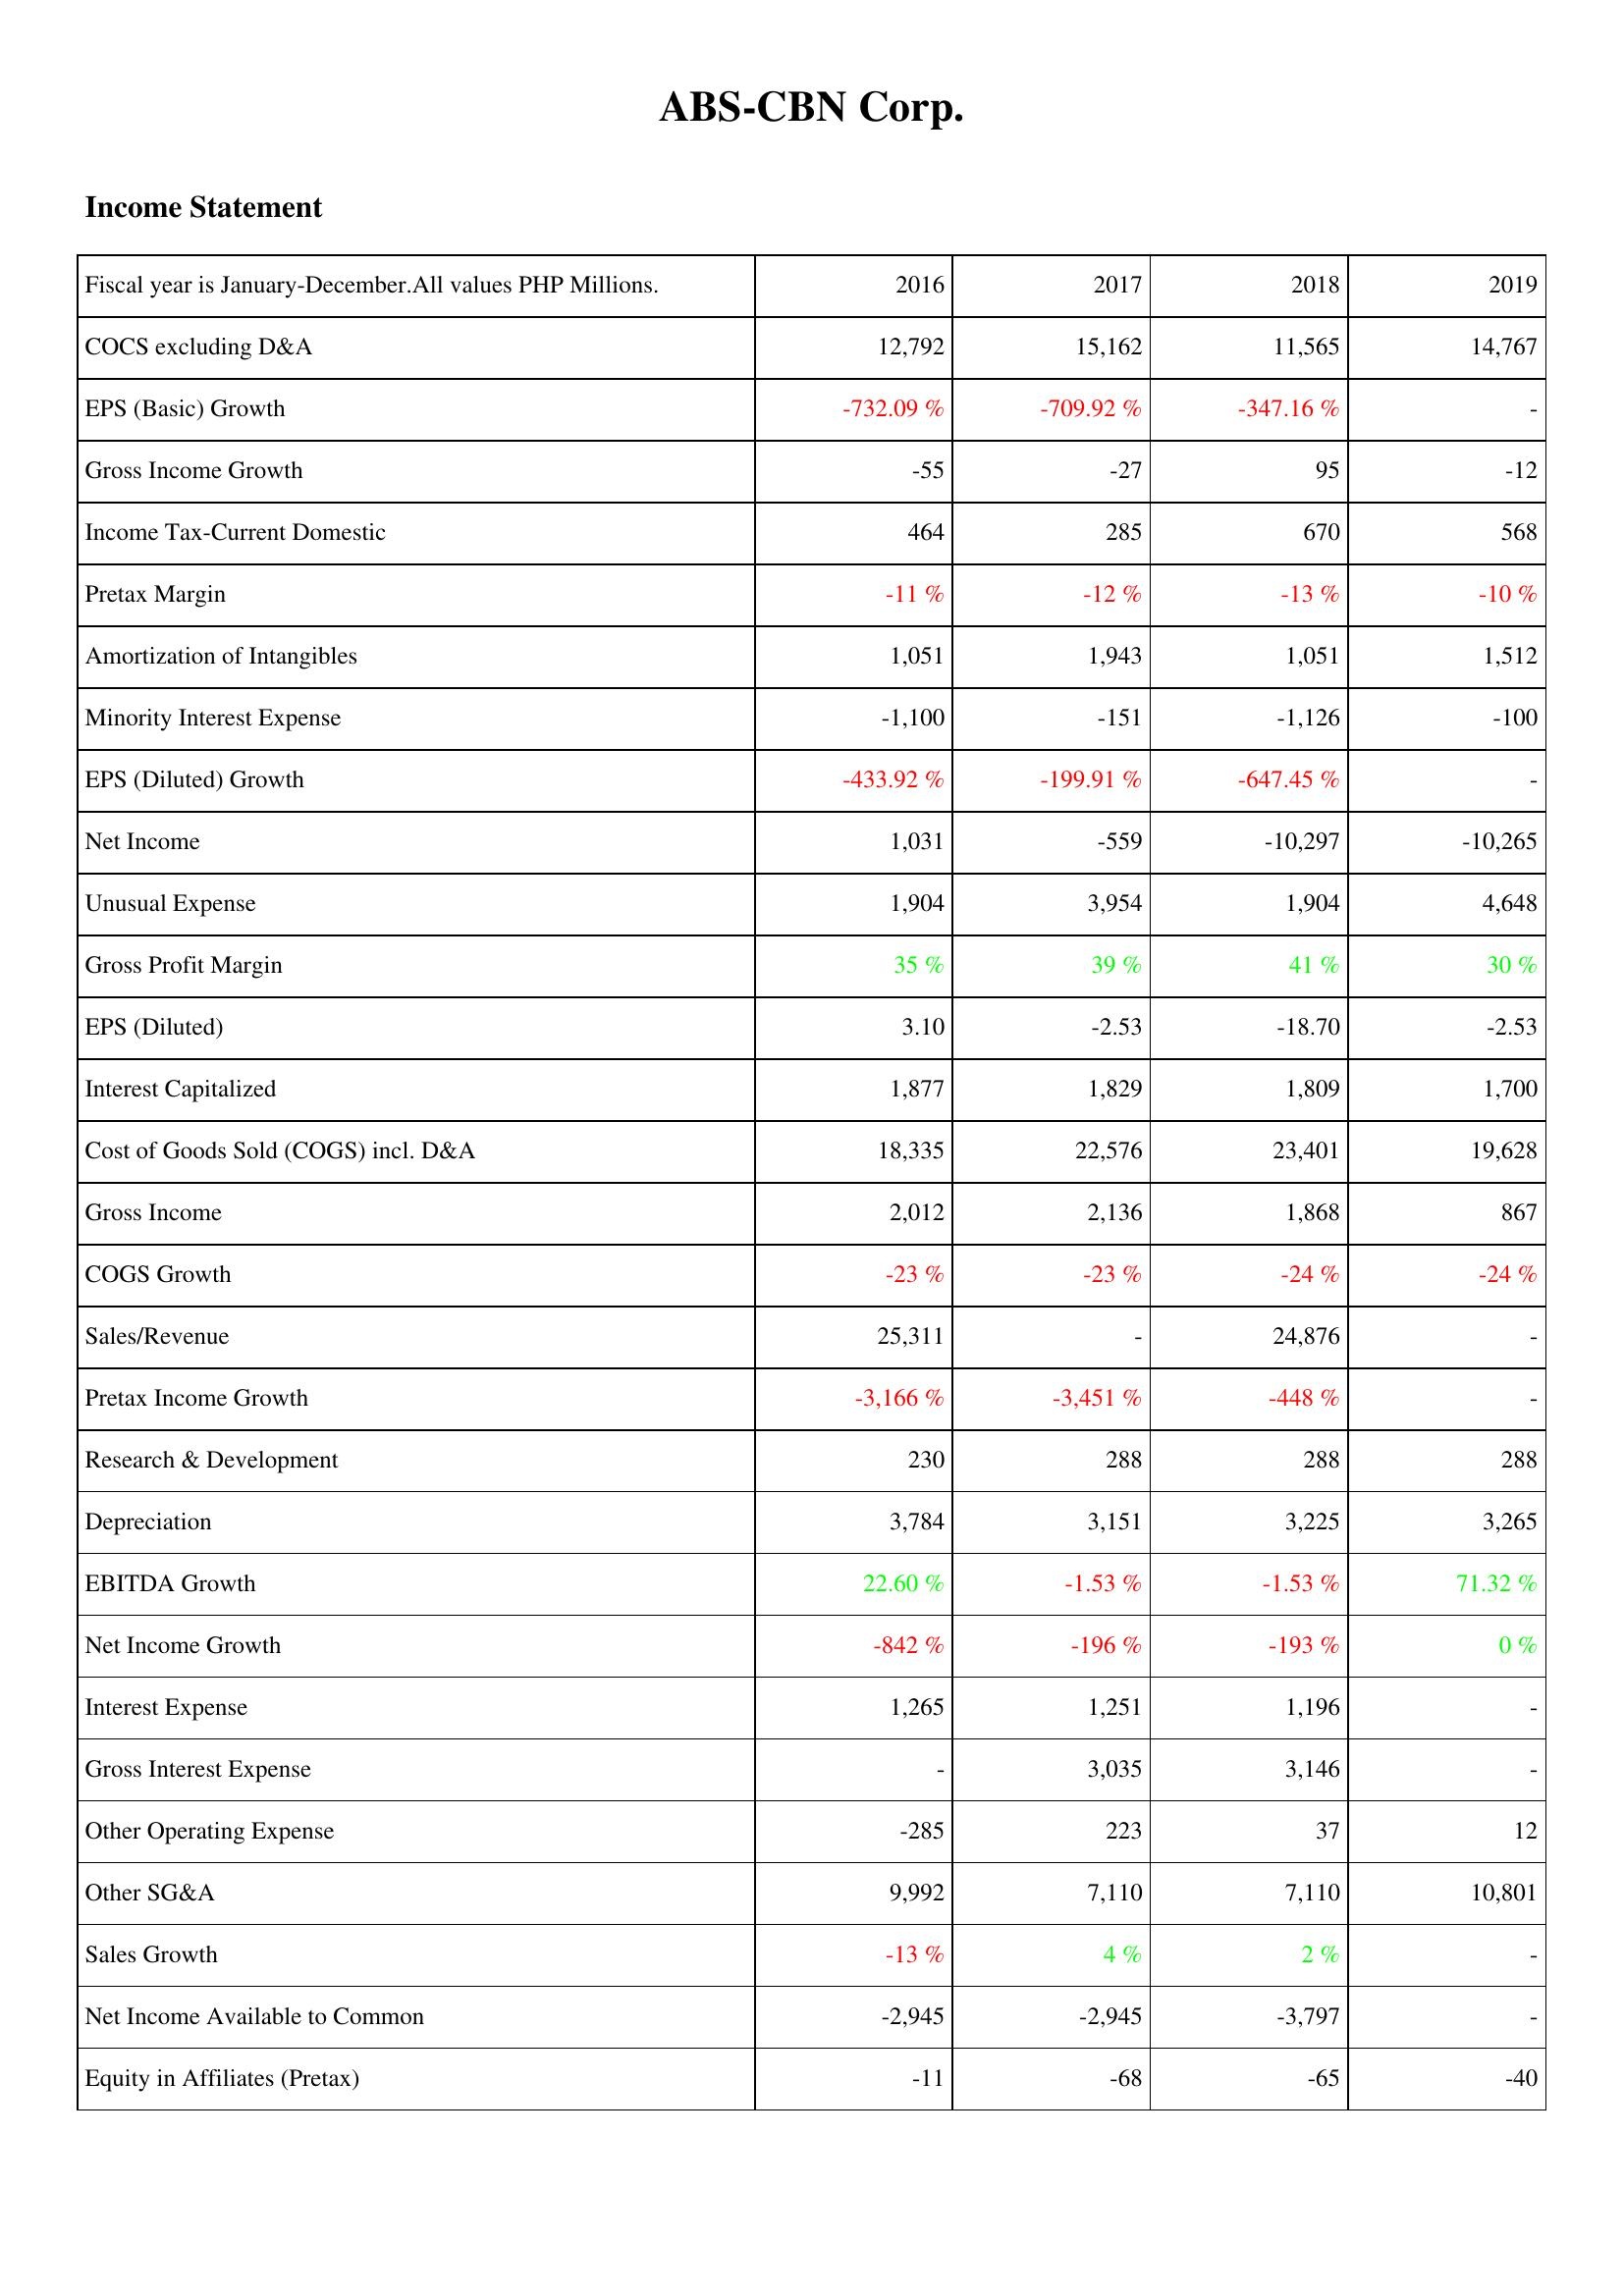
2016: Income Statement: COCS excluding D&A: 12,792
EPS (Basic) Growth: -732.09 %
Gross Income Growth: -55
Income Tax-Current Domestic: 464
Pretax Margin: -11 %
Amortization of Intangibles: 1,051
Minority Interest Expense: -1,100
EPS (Diluted) Growth: -433.92 %
Net Income: 1,031
Unusual Expense: 1,904
Gross Profit Margin: 35 %
EPS (Diluted): 3.10
Interest Capitalized: 1,877
Cost of Goods Sold (COGS) incl. D&A: 18,335
Gross Income: 2,012
COGS Growth: -23 %
Sales/Revenue: 25,311
Pretax Income Growth: -3,166 %
Research & Development: 230
Depreciation: 3,784
EBITDA Growth: 22.60 %
Net Income Growth: -842 %
Interest Expense: 1,265
Gross Interest Expense: -
Other Operating Expense: -285
Other SG&A: 9,992
Sales Growth: -13 %
Net Income Available to Common: -2,945
Equity in Affiliates (Pretax): -11
2017: Income Statement: COCS excluding D&A: 15,162
EPS (Basic) Growth: -709.92 %
Gross Income Growth: -27
Income Tax-Current Domestic: 285
Pretax Margin: -12 %
Amortization of Intangibles: 1,943
Minority Interest Expense: -151
EPS (Diluted) Growth: -199.91 %
Net Income: -559
Unusual Expense: 3,954
Gross Profit Margin: 39 %
EPS (Diluted): -2.53
Interest Capitalized: 1,829
Cost of Goods Sold (COGS) incl. D&A: 22,576
Gross Income: 2,136
COGS Growth: -23 %
Sales/Revenue: -
Pretax Income Growth: -3,451 %
Research & Development: 288
Depreciation: 3,151
EBITDA Growth: -1.53 %
Net Income Growth: -196 %
Interest Expense: 1,251
Gross Interest Expense: 3,035
Other Operating Expense: 223
Other SG&A: 7,110
Sales Growth: 4 %
Net Income Available to Common: -2,945
Equity in Affiliates (Pretax): -68
2018: Income Statement: COCS excluding D&A: 11,565
EPS (Basic) Growth: -347.16 %
Gross Income Growth: 95
Income Tax-Current Domestic: 670
Pretax Margin: -13 %
Amortization of Intangibles: 1,051
Minority Interest Expense: -1,126
EPS (Diluted) Growth: -647.45 %
Net Income: -10,297
Unusual Expense: 1,904
Gross Profit Margin: 41 %
EPS (Diluted): -18.70
Interest Capitalized: 1,809
Cost of Goods Sold (COGS) incl. D&A: 23,401
Gross Income: 1,868
COGS Growth: -24 %
Sales/Revenue: 24,876
Pretax Income Growth: -448 %
Research & Development: 288
Depreciation: 3,225
EBITDA Growth: -1.53 %
Net Income Growth: -193 %
Interest Expense: 1,196
Gross Interest Expense: 3,146
Other Operating Expense: 37
Other SG&A: 7,110
Sales Growth: 2 %
Net Income Available to Common: -3,797
Equity in Affiliates (Pretax): -65
2019: Income Statement: COCS excluding D&A: 14,767
EPS (Basic) Growth: -
Gross Income Growth: -12
Income Tax-Current Domestic: 568
Pretax Margin: -10 %
Amortization of Intangibles: 1,512
Minority Interest Expense: -100
EPS (Diluted) Growth: -
Net Income: -10,265
Unusual Expense: 4,648
Gross Profit Margin: 30 %
EPS (Diluted): -2.53
Interest Capitalized: 1,700
Cost of Goods Sold (COGS) incl. D&A: 19,628
Gross Income: 867
COGS Growth: -24 %
Sales/Revenue: -
Pretax Income Growth: -
Research & Development: 288
Depreciation: 3,265
EBITDA Growth: 71.32 %
Net Income Growth: 0 %
Interest Expense: -
Gross Interest Expense: -
Other Operating Expense: 12
Other SG&A: 10,801
Sales Growth: -
Net Income Available to Common: -
Equity in Affiliates (Pretax): -40